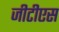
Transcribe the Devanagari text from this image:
जीटीएस